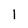
Character: 1